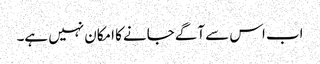
اب اس سے آگے جانے کا امکان نہیں ہے۔